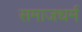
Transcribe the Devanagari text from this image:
समाजधर्म